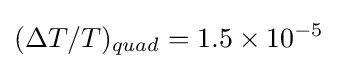
(\Delta T/T)_{quad}=1.5\times 10^{-5}